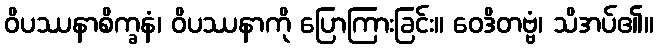
ဝိပဿနာစိက္ခနံ၊ ဝိပဿနာကို ပြောကြားခြင်း။ ဝေဒိတဗ္ဗံ၊ သိအပ်၏။